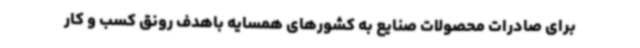
برای صادرات محصولات صنایع به کشورهای همسایه باهدف رونق کسب و کار